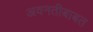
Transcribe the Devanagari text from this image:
अवनतीबाबत